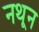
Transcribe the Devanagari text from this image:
नथून